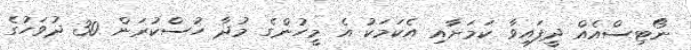
ނޯޓިސްއެއް ދީފައިވާ ކަމަށާއި އެކަމަކު އެ މީހުންގެ މުދާ ހުސްކުރަން 30 ދުވަހުގެ